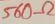
Text: 560Ω